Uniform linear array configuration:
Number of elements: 12
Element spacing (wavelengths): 1
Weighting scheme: blackman
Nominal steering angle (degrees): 60
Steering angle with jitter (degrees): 58.485
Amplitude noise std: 0.05
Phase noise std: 0.05

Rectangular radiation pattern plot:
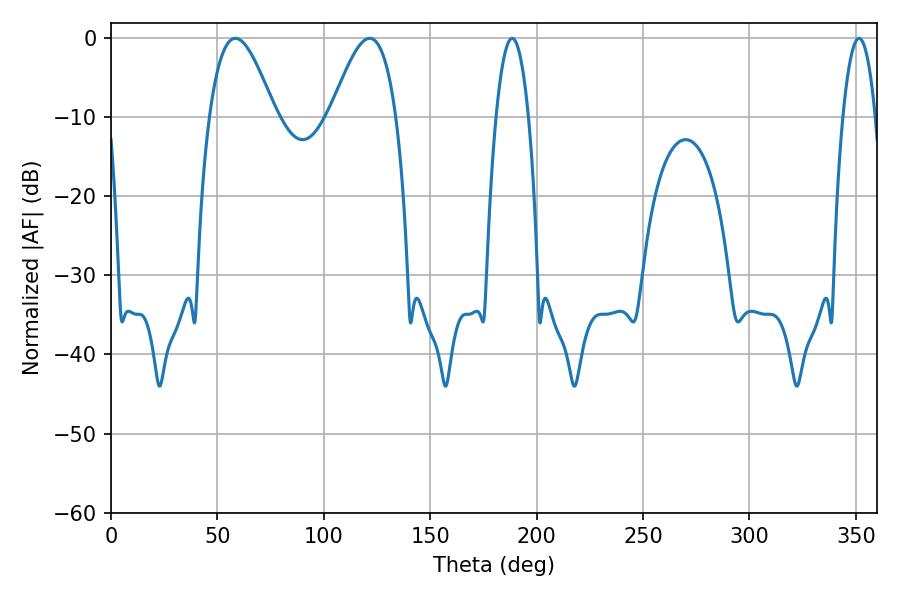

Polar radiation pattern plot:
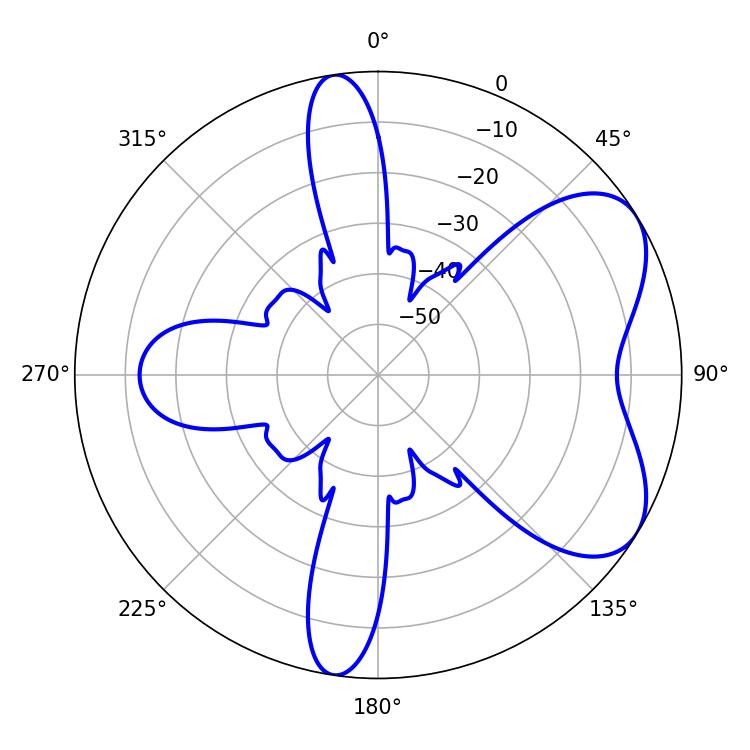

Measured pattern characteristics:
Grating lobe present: TRUE
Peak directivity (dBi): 6.005
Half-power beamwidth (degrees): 16.74
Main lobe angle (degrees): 58.5